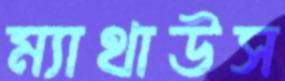
ম্যাথাউস